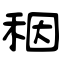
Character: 秵